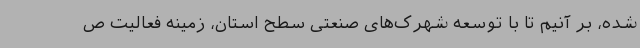
شده، بر آنیم تا با توسعه شهرک‌های صنعتی سطح استان، زمینه فعالیت ص